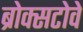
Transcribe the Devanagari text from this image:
ब्रोक्सटोवे